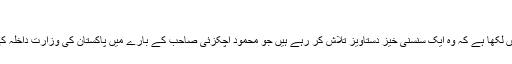
?
پس تحریر : جناب ہارون رشید نے ا پنے کالم میں لکھا ہے کہ وہ ایک سنسنی خیز دستاویز تلاش کر رہے ہیں جو محمود اچکزئی صاحب کے بارے میں پاکستان کی وزارت داخلہ کی طرف سے سرکاری طور پر لکھا گیا خط ہے۔